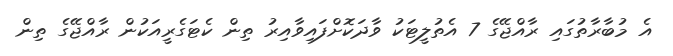
އެ މުބާރާތުގައި ރާއްޖޭގެ 7 އެތުލީޓަކު ވާދަކޮށްފައިވާއިރު ތިން ކެޓަގެރީއަކުން ރާއްޖޭގެ ތިން